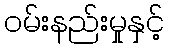
ဝမ်းနည်းမှုနှင့်